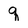
Character: q